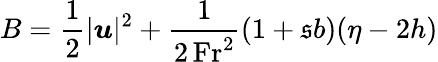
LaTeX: B=\frac{1}{2}|\boldsymbol{u}|^{2}+\frac{1}{2\, \mathrm{Fr}^{2}}(1+\mathfrak{s}b)(\eta-2h)